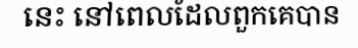
នេះ នៅពេលដែលពួកគេបាន